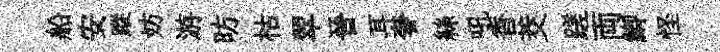
船安蹤妨游昉枯翠晉耳奢絲吼香茭蹉両鯽怪